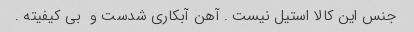
جنس این کالا استیل نیست . آهن آبکاری شدست و  بی کیفیته .